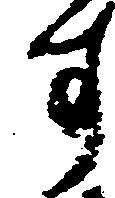
す